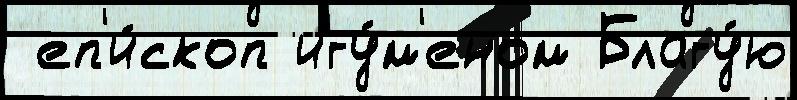
 еп'и́скоп игу́м'еном Благу́ю